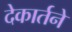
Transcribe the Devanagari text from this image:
देकार्तने